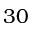
3 0